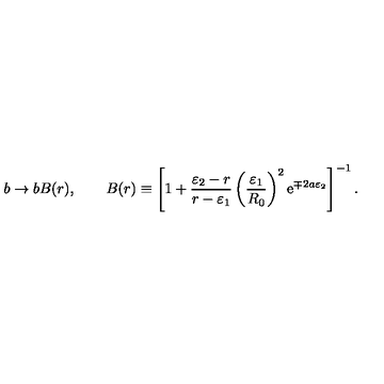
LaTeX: b \rightarrow b B ( r ) , \qquad B ( r ) \equiv \left[ 1 + { \frac { \varepsilon _ { 2 } - r } { r - \varepsilon _ { 1 } } } \left( { \frac { \varepsilon _ { 1 } } { R _ { 0 } } } \right) ^ { 2 } \mathrm { e } ^ { \mp 2 a \varepsilon _ { 2 } } \right] ^ { - 1 } .